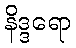
နိဒ္ဒရော